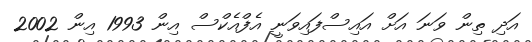
އަދި ތިން ވަނަ އަށް އައިސްފައިވަނީ އެފްއެކްސް އިން 1993 އިން 2002